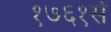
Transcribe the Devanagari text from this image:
१७६१से